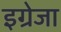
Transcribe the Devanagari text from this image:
इग्रेजा